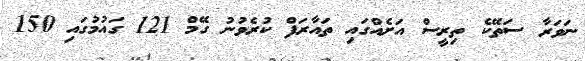
ނަވަރާ ސަތޭކެ ތިރީސް އަށެއްގައި ތައާރަފް ކުރެވުނު ގޭމް 121 ގައުމުގައި 150